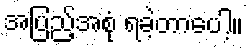
အပြည့်အစုံ ရခဲ့တာပေါ့။